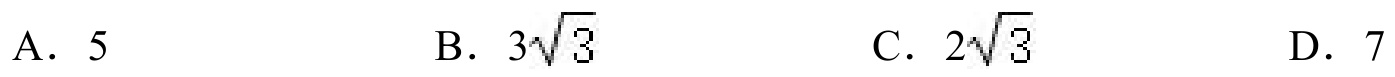
A. \(5\)  \hspace{2em} B. \(3\sqrt{3}\)  \hspace{2em} C. \(2\sqrt{3}\)  \hspace{2em} D. \(7\)